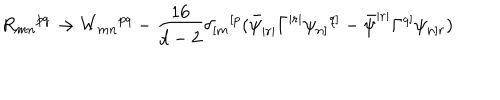
R _ { m n } { } ^ { p q } \rightarrow W _ { m n } { } ^ { p q } - \frac { 1 6 } { d - 2 } \delta _ { [ m } { } ^ { [ p } ( \bar { \psi } _ { | r | } \Gamma ^ { | r | } \psi _ { n ] } { } ^ { q ] } - \bar { \psi } ^ { | r | } \Gamma ^ { q ] } \psi _ { n ] r } )